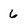
Character: 6